Report on horse surra - Volume II, Part I
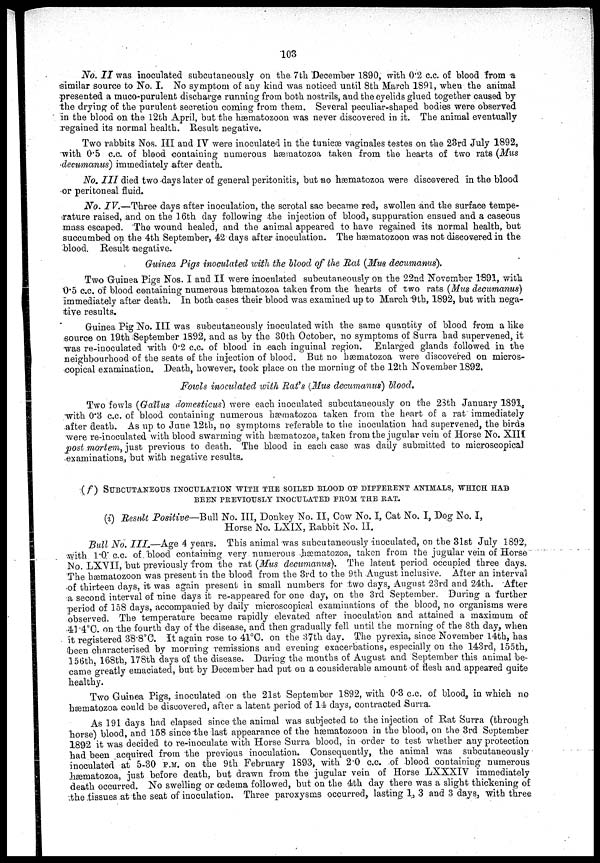
103
No. II was inoculated subcutaneously on the 7th December 1890, with 0.2 c.c. of blood from a
similar source to No. I. No symptom of any kind was noticed until 8th March 1891, when the animal
presented a muco-purulent discharge running from both nostrils, and the eyelids glued together caused by
the drying of the purulent secretion coming from them. Several peculiar-shaped bodies were observed
in the blood on the 12th April, but the hæmatozoon was never discovered in it. The animal eventually
regained its normal health. Result negative.
Two rabbits Nos. III and IV were inoculated in the tunieæ vaginales testes on the 23rd July 1892,
with 0.5 c.c. of blood containing numerous hæmatozoa taken from the hearts of two rats (Mus
decumanus) immediately after death.
No. III died two days later of general peritonitis, but no hæmatozoa were discovered in the blood
or peritoneal fluid.
No. IV.—Three days after inoculation, the scrotal sac became red, swollen and the surface tempe-
rature raised, and on the 16th day following the injection of blood, suppuration ensued and a caseous
mass escaped. The wound healed, and the animal appeared to have regained its normal health, but
succumbed on the 4th September, 42 days after inoculation. The hæmatozoon was not discovered in the
blood. Result negative.
Guinea Pigs inoculated with the blood of the Rat (Mus decumanus).
Two Guinea Pigs Nos. I and II were inoculated subcutaneously on the 22nd November 1891, with
0.5 c.c. of blood containing numerous hæmatozoa taken from the hearts of two rats (Mus decumanus)
immediately after death. In both cases their blood was examined up to March 9th, 1892, but with nega-
tive results.
Guinea Pig No. III was subcutaneously inoculated with the same quantity of blood from a like
source on 19th September 1892, and as by the 30th October, no symptoms of Surra had supervened, it
was re-inoculated with 0.2 c.c. of blood in each inguinal region. Enlarged glands followed in the
neighbourhood of the seats of the injection of blood. But no hæmatozoa were discovered on micros-
copical examination. Death, however, took place on the morning of the 12th November 1892.
Fowls inoculated with Rat's (Mus decumanus) blood.
Two fowls (Gallus domesticus) were each inoculated subcutaneously on the 23th January 1891,
with 0.3 c.c. of blood containing numerous hæmatozoa taken from the heart of a rat immediately
after death. As up to June 12th, no symptoms referable to the inoculation had supervened, the birds
were re-inoculated with blood swarming with hæmatozoa, taken from the jugular vein of Horse No. XIII
post mortem, just previous to death. The blood in each case was daily submitted to microscopical
examinations, but with negative results.
(f) S U B C U T A N E O U S I NOCUL AT I ON WITH THE SOILED BLOOD OF DI FFERENT ANI MALS, WHICH HAD BEEN PREVIOUSLY INOCULATED FROM THE RAT.
(i) Result Positive—Bull No. III, Donkey No. II, Cow No. I, Cat No. I, Dog No. I,
Horse No. LXIX, Rabbit No. II.
Bull No. III.—Age 4 years. This animal was subcutaneously inoculated, on the 31st July 1892,
with 1.0 c.c. of. blood containing very numerous hæmatozoa, taken from the jugular vein of Horse
Mo. LXVII, but previously from the rat (Mus decumanus). The latent period occupied three days.
The hæmatozoon was present in the blood from the 3rd to the 9th August inclusive. After an interval
of thirteen days, it was again present in small numbers for two days, August 23rd and 24th. After
a second interval of nine days it re-appeared for one day, on the 3rd September. During a further
period of 158 days, accompanied by daily microscopical examinations of the blood, no organisms were
observed. The temperature became rapidly elevated after inoculation and attained a maximum of
41.4°C. on the fourth day of the disease, and then gradually fell until the morning of the 8th day, when
it registered 38.8°C. It again rose to 41°C. on the 37th day. The pyrexia, since November 14th, has
been characterised by morning remissions and evening exacerbations, especially on the 143rd, 155th,
156th, 168th, 178th days of the disease. During the months of August and September this animal be-
came greatly emaciated, but by December had put on a considerable amount of flesh and appeared quite
healthy.
Two Guinea Pigs, inoculated on the 21st September 1892, with 0.3 c.c. of blood, in which no
hæmatozoa could be discovered, after a latent period of 14 days, contracted Surra.
As 191 days had elapsed since the animal was subjected to the injection of Rat Surra (through
horse) blood, and 158 since the last appearance of the hæmatozoon in the blood, on the 3rd September
1892 it was decided to re-inoculate with Horse Surra blood, in order to test whether any protection
had been acquired from the previous inoculation. Consequently, the animal was subcutaneously
inoculated at 5-30 P.M. on the 9th February 1893, with 2.0 c.c. of blood containing numerous
hæmatozoa, just before death, but drawn from the jugular vein of Horse LXXXIV immediately
death occurred. No swelling or œdema followed, but on the 4th day there was a slight thickening of
the tissues at the seat of inoculation. Three paroxysms occurred, lasting 1, 3 and 3 days, with three